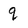
Character: q